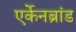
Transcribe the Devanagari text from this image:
एर्केनब्रांड